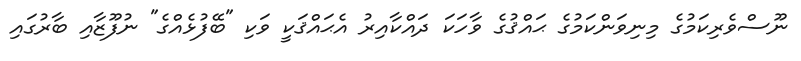
ނޫސްވެރިކަމުގެ މިނިވަންކަމުގެ ޙައްޤުގެ ވާހަކަ ދައްކާއިރު އެޙައްޤަކީ ވަކި "ބޭފުޅެއްގެ" ނުފޫޒާއި ބާރުގައި